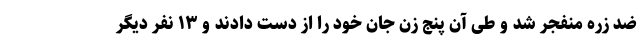
ضد زره منفجر شد و طی آن پنج زن جان خود را از دست دادند و ۱۳ نفر دیگر